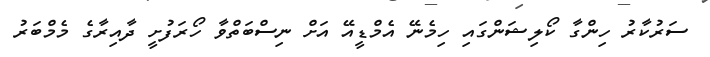
ސަރުކާރު ހިންގާ ކޯލިޝަންގައި ހިމެނޭ އެމްޑީއޭ އަށް ނިސްބަތްވާ ހޯރަފުށީ ދާއިރާގެ މެމްބަރު